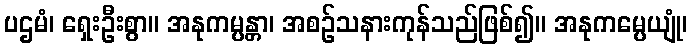
ပဌမံ၊ ရှေးဦးစွာ။ အနုကမ္ပန္တာ၊ အစဉ်သနားကုန်သည်ဖြစ်၍။ အနုကမ္ပေယျုံ၊